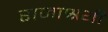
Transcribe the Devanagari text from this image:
राजाश्रयी